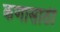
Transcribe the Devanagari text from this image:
कणासाठी